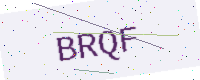
Text: BRQF